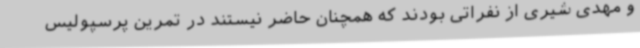
و مهدی شیری از نفراتی بودند که همچنان حاضر نیستند در تمرین پرسپولیس